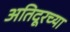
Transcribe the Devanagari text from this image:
अतिदूरच्या